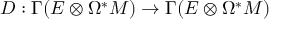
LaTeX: D : \Gamma ( E \otimes \Omega ^ { * } M ) \rightarrow \Gamma ( E \otimes \Omega ^ { * } M )